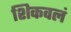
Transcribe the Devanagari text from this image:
शिकवलं